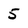
Character: 5